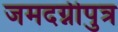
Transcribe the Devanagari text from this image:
जमदग्नीपुत्र